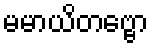
မမာယိတဗ္ဗော